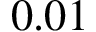
0 . 0 1